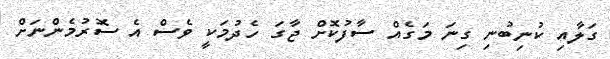
ގަލާއި ކުނިބުނި ގިނަ މަގެއް ސާފުކޮށް ޖާގަ ހެދުމަކީ ވެސް އެ ސޮރުމެންނަށް